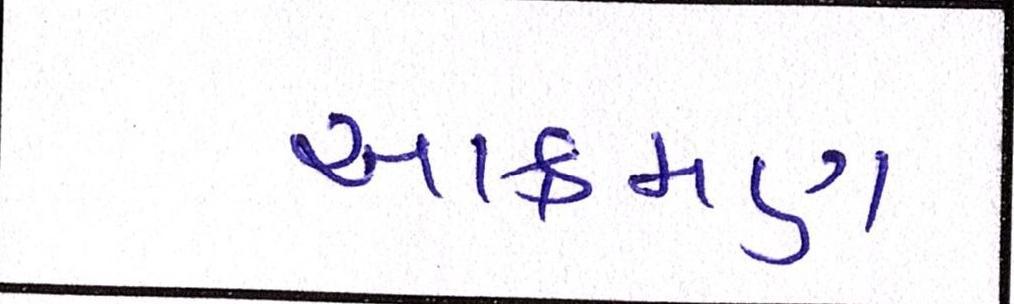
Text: આક્રમણ